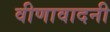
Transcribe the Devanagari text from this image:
वीणावादनी